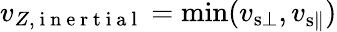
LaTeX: v_{Z,\mathrm{~i~n~e~r~t~i~a~l~}}=\operatorname*{min}(v_{{\mathrm{s}}\bot},v_{{\mathrm{s}}\parallel})